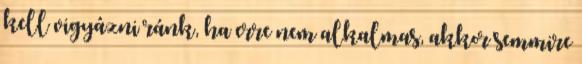
kell vigyázni ránk, ha erre nem alkalmas, akkor semmire